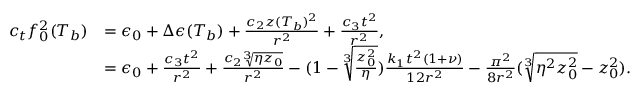
\begin{array} { r l } { c _ { t } f _ { 0 } ^ { 2 } ( T _ { b } ) } & { = \epsilon _ { 0 } + \Delta \epsilon ( T _ { b } ) + \frac { c _ { 2 } z ( T _ { b } ) ^ { 2 } } { r ^ { 2 } } + \frac { c _ { 3 } t ^ { 2 } } { r ^ { 2 } } , } \\ & { = \epsilon _ { 0 } + \frac { c _ { 3 } t ^ { 2 } } { r ^ { 2 } } + \frac { c _ { 2 } \sqrt [ 3 ] { \eta z _ { 0 } } } { r ^ { 2 } } - ( 1 - \sqrt [ 3 ] { \frac { z _ { 0 } ^ { 2 } } { \eta } } ) \frac { k _ { 1 } t ^ { 2 } ( 1 + \nu ) } { 1 2 r ^ { 2 } } - \frac { \pi ^ { 2 } } { 8 r ^ { 2 } } ( \sqrt [ 3 ] { \eta ^ { 2 } z _ { 0 } ^ { 2 } } - z _ { 0 } ^ { 2 } ) . } \end{array}